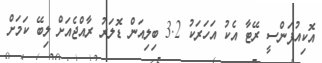
އޮކިއުޕަންސީ ރޭޓާ އެކު އަހަރަކު 3.2 ބިލިއަން ޑޮލަރު ރާއްޖެއަށް ލިބޭ ކަމަށް